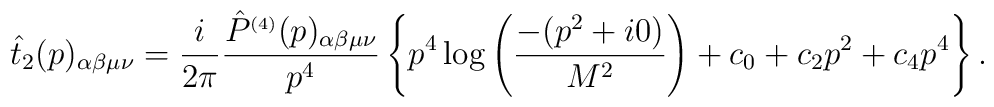
\hat{t}_{2}(p)_{\alpha\beta\mu\nu}=\frac{i}{2\pi}\frac{\hat{P}^{\scriptscriptstyle (4)}(p)_{\alpha\beta\mu\nu}}{p^4}\left\{p^4 \log\left(\frac{-(p^2+i0)}{M^2}\right)+c_{0}+c_{2}p^2+c_{4}p^4\right\}.